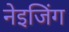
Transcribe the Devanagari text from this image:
नेइजिंग